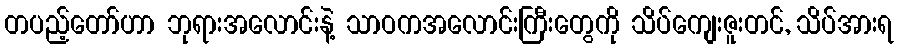
တပည့်တော်ဟာ ဘုရားအလောင်းနဲ့ သာဝကအလောင်းကြီးတွေကို သိပ်ကျေးဇူးတင်, သိပ်အားရ